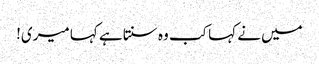
میں نے کہا کب وہ سنتا ہے کہا میری!